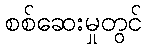
စစ်ဆေးမှုတွင်